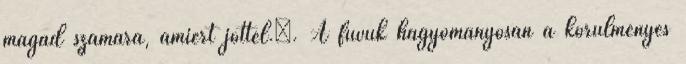
magad számára, amiért jöttél.”. A fuvuk hagyományosan a körülményes